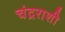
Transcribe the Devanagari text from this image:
चंद्रराशी